Sketch of the medical history of the native army of Bombay, for the year
Year: 1876
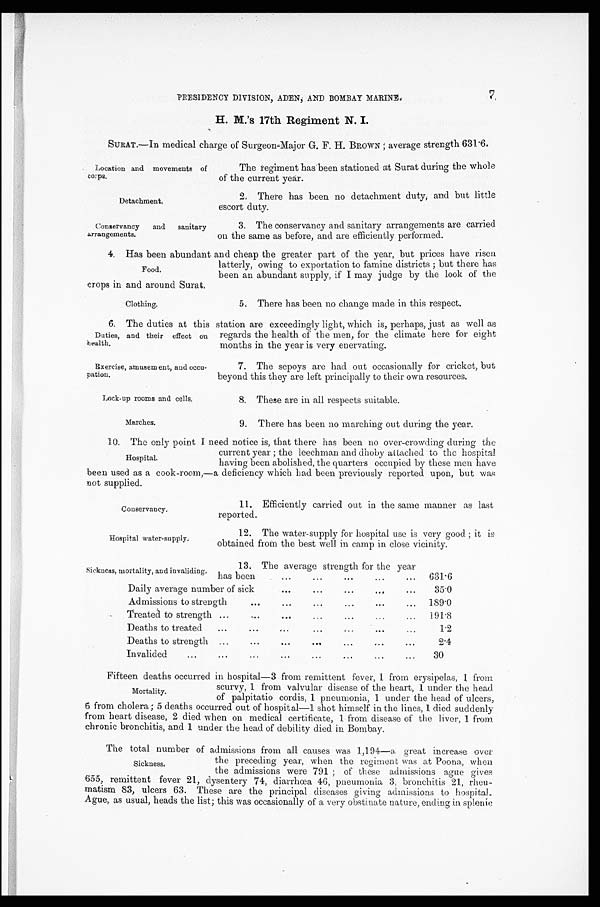
Conservancy.
Hospital water-supply.
Sickness, mortality, and invaliding.
7.
PRESIDENCY DIVISION, ADEN, AND BOMBAY MARINE.
H. M.'s 17th Regiment N. I.
SURAT.—In medical charge of Surgeon-Major G. F. H. BROWN ; average strength 631.6.
Location and movements of
corps.
Detachment.
Conservancy and sanitary arrangements.
The regiment has been stationed at Surat during the whole
of the current year.
2.
There has been no detachment duty, and but little
escort duty.
3. The conservancy and sanitary arrangements are carried
on the same as before, and are efficiently performed.
4. Has been abundant and cheap the greater part of the year, but prices have risen
latterly, owing to exportation to famine districts ; but there has
been an abundant supply, if I may judge by the look of the
crops in and around Surat.
Food.
Clothing.
5. There has been no change made in this respect.
6. The duties at this station are exceedingly light, which is, perhaps, just as well as
Duties, and their effect on
health.
Exercise, amusem ent, and occu-
pation.
Lock-up rooms and cells.
Marches.
regards the health of the men, for the climate here for eight
months in the year is very enervating.
7.
The sepoys are had out occasionally for cricket, but
beyond this they are left principally to their own resources.
8. These are in all respects suitable.
9.
There has been no marching out during the year.
10. The only point I need notice is, that there has been no over-crowding during the
Hospital.
current year ; the leechman and dhoby attached to the hospital
having been abolished, the quarters occupied by these men have
been used as a cook-room,—a deficiency which had been previously reported upon, but was
not supplied.
11. Efficiently carried out in the same manner as last
reported.
12. The water-supply for hospital use is very good ; it is
obtained from the best well in camp in close vicinity.
13. The average strength for the year
has been
. . .
. . .
. . .
. . .
. . .
631.6
Daily average number of sick
. . .
. . .
. . .
. . .
. . .
35.0
Admissions to strength
. . .
. . .
. . .
. . .
. . .
. . .
189.0
Treated to strength ...
. . .
...
...
...
...
...
191.8
Deaths to treated
...
...
...
...
. . .
...
...
1.2
Deaths to strength
. . .
. . .
. . .
. . .
. . .
. . .
. . .
2.4
Invalided
. . .
. . .
. . .
. . .
. . .
. . .
. . .
. . . 30
Fifteen deaths occurred in hospital—3 from remittent fever, 1 from erysipelas, 1 from
scurvy, 1 from valvular disease of the heart, 1 under the head
of palpitatio cordis, 1 pneumonia. 1 under the head of ulcers,
6 from cholera ; 5 deaths occurred out of hospital—1 shot himself in the lines, 1 died suddenly
from heart disease, 2 died when on medical certificate, 1 from disease of the liver, 1 from
chronic bronchitis, and 1 under the head of debility died in Bombay.
The total number of admissions from all causes was 1,194—a great increase over
the preceding year, when the regiment was at Poona, when
the admissions were 791 ; of these admissions ague gives
•
.
21,
1
655, remittent fever 21, dysentery 74, diarrhœa 46, pneumonia 3, bronchitis
21, rheu-
matism 83, ulcers 63. These are the principal diseases giving admissions to hospital.
Ague, as usual, heads the list ; this was occasionally of a very obstinate nature, ending in splenic
Mortality.
Sickness.